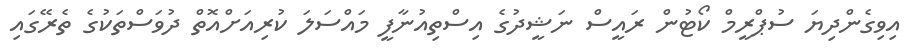
އިވިގެންދިޔަ ސުޕްރީމް ކޯޓުން ރައީސް ނަޝީދުގެ އިސްތިއުނާފީ މައްސަލަ ކުރިއަށްއޮތް ދުވަސްތަކުގެ ތެރޭގައި